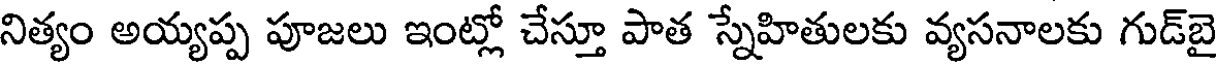
నిత్యం అయ్యప్ప పూజలు ఇంట్లో చేస్తూ పాత స్నేహితులకు వ్యసనాలకు గుడ్బై